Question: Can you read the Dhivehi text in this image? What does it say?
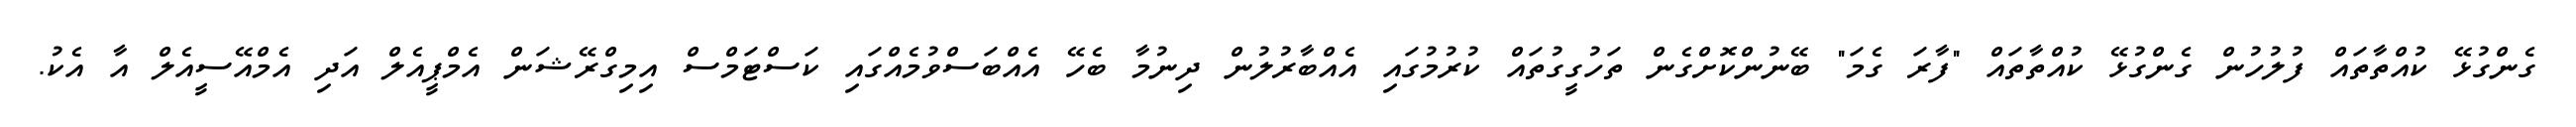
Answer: ގެންގުޅޭ ކުއްތާތައް ފުލުހުން ގެންގުޅޭ ކުއްތާތައް "ފާރަ ގެމަ" ބޭނުންކޮށްގެން ތަހުގީގުތައް ކުރުމުގައި އެއްބާރުލުން ދިނުމާ ބެހޭ އެއްބަސްވުމެއްގައި ކަސްޓަމްސް އިމިގްރޭޝަން އެމްޕީއެލް އަދި އެމްއޭސީއެލް އާ އެކު.